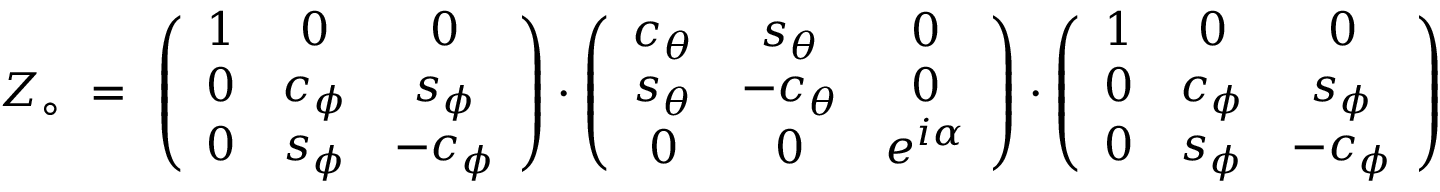
Z _ { \circ } \ = \ \left( \begin{array} { c c c } { { 1 } } & { { 0 } } & { { 0 } } \\ { { 0 } } & { { c _ { \phi } } } & { { s _ { \phi } } } \\ { { 0 } } & { { s _ { \phi } } } & { { - c _ { \phi } } } \end{array} \right) \cdot \left( \begin{array} { c c c } { { c _ { \theta } } } & { { s _ { \theta } } } & { { 0 } } \\ { { s _ { \theta } } } & { { - c _ { \theta } } } & { { 0 } } \\ { { 0 } } & { { 0 } } & { { e ^ { i \alpha } } } \end{array} \right) \cdot \left( \begin{array} { c c c } { { 1 } } & { { 0 } } & { { 0 } } \\ { { 0 } } & { { c _ { \phi } } } & { { s _ { \phi } } } \\ { { 0 } } & { { s _ { \phi } } } & { { - c _ { \phi } } } \end{array} \right)